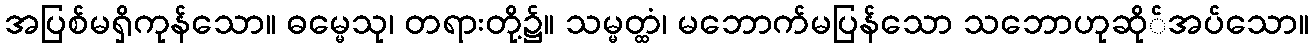
အပြစ်မရှိကုန်သော။ ဓမ္မေသု၊ တရားတို့၌။ သမ္မတ္ထံ၊ မဘောက်မပြန်သော သဘောဟုဆို်အပ်သော။